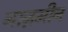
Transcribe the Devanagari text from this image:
नाज़मीन